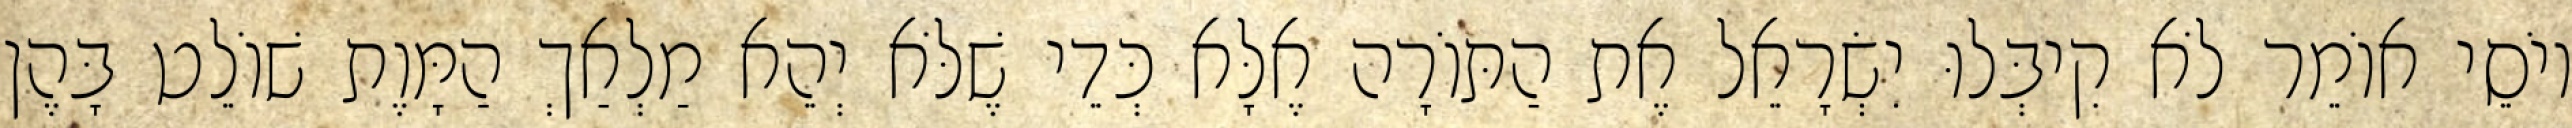
יוֹסֵי אוֹמֵר לֹא קִיבְּלוּ יִשְׂרָאֵל אֶת הַתּוֹרָה אֶלָּא כְּדֵי שֶׁלֹּא יְהֵא מַלְאַךְ הַמָּוֶת שׁוֹלֵט בָּהֶן